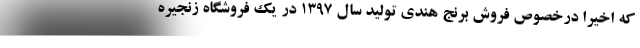
که اخیرا درخصوص فروش برنج هندی تولید سال 1397 در یک فروشگاه زنجیره